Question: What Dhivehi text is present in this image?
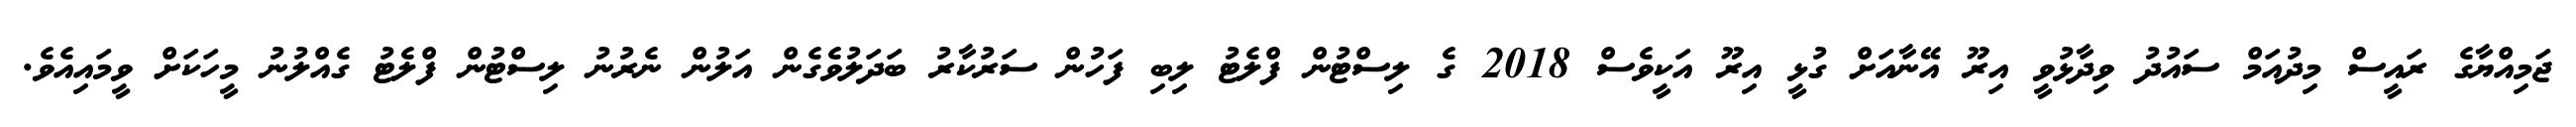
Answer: ޖަމިއްޔާގެ ރައީސް މިދުއަމް ސައުދު ވިދާޅުވީ އިރޫ އޭނާއަށް ގުޅީ އިރޫ އަކީވެސް 2018 ގެ ލިސްޓުން ފްލެޓު ލިބި ފަހުން ސަރުކާރު ބަދަލުވެގެން އަލުން ނެރުނު ލިސްޓުން ފްލެޓު ގެއްލުނު މީހަކަށް ވީމައިއެވެ.